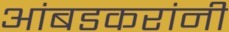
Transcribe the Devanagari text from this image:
आंबडकरांनी